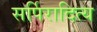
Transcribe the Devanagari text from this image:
सर्पिरादित्य